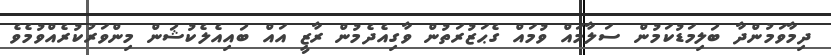
ދިމާވަމުންދާ ބަލިމަޑުކަމުން ސަލާމައް ވުމައް ގެޙަޒުރަތުން ވާގިއެދެމުން ރާޒީ އައް ބައިއެލެކުޝަން މިންވަރުކުރެއްވުމެވެ